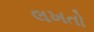
લખતો